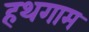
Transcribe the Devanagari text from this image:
हथगाम